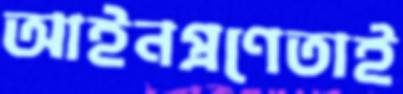
আইনপ্রণেতাই